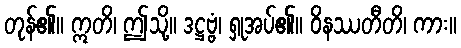
တုန်၏။ ဣတိ၊ ဤသို့။ ဒဋ္ဌဗ္ဗံ၊ ရှုအပ်၏။ ဝိနဿတီတိ၊ ကား။